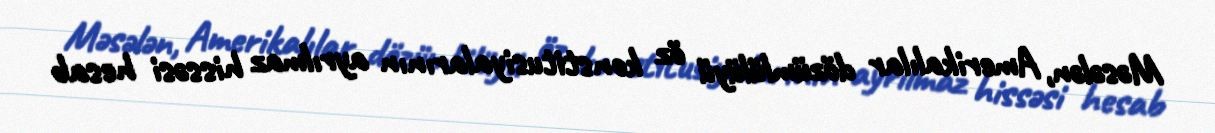
Məsələn, Amerikalılar dözümlülüyü öz konstitusiyalarının ayrılmaz hissəsi hesab